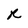
Character: R